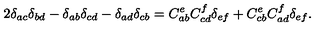
2 \delta _ { a c } \delta _ { b d } - \delta _ { a b } \delta _ { c d } - \delta _ { a d } \delta _ { c b } = C _ { a b } ^ { e } C _ { c d } ^ { f } \delta _ { e f } + C _ { c b } ^ { e } C _ { a d } ^ { f } \delta _ { e f } .